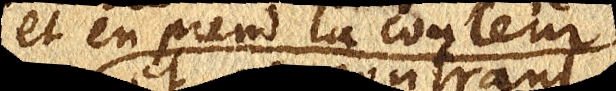
et en prend la couleur